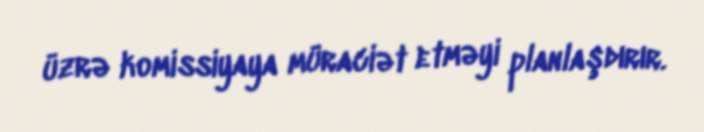
üzrə komissiyaya müraciət etməyi planlaşdırır.